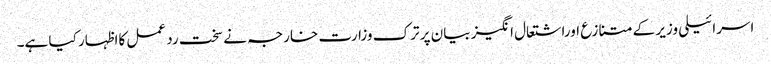
اسرائیلی وزیر کے متنازع اوراشتعال انگیز بیان پر ترک وزارت خارجہ نے سخت رد عمل کااظہار کیا ہے۔